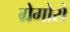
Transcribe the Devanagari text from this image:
ग्रेगोरो